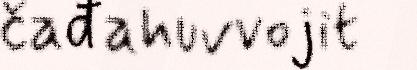
čađahuvvojit